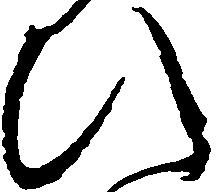
ひ